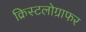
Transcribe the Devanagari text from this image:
क्रिस्टलोग्राफर